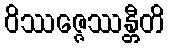
ဝိဿဇ္ဇေဿန္တီတိ